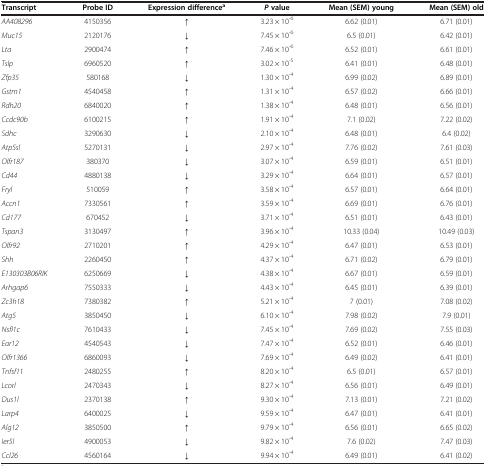
<table><thead><tr><td><b>Transcript</b></td><td><b>Probe ID</b></td><td><b>Expression difference<sup>a</sup></b></td><td><b><i>P </i>value</b></td><td><b>Mean (SEM) young</b></td><td><b>Mean (SEM) old</b></td></tr></thead><tbody><tr><td><i>AA408296</i></td><td>4150356</td><td><b>↑</b></td><td>3.23 × 10<sup>-6</sup></td><td>6.62 (0.01)</td><td>6.71 (0.01)</td></tr><tr><td><i>Muc15</i></td><td>2120176</td><td><b>↓</b></td><td>7.45 × 10<sup>-6</sup></td><td>6.5 (0.01)</td><td>6.42 (0.01)</td></tr><tr><td><i>Lta</i></td><td>2900474</td><td><b>↑</b></td><td>7.46 × 10<sup>-6</sup></td><td>6.52 (0.01)</td><td>6.61 (0.01)</td></tr><tr><td><i>Tslp</i></td><td>6960520</td><td><b>↑</b></td><td>3.02 × 10<sup>-5</sup></td><td>6.41 (0.01)</td><td>6.48 (0.01)</td></tr><tr><td><i>Zfp35</i></td><td>580168</td><td><b>↓</b></td><td>1.30 × 10<sup>-4</sup></td><td>6.99 (0.02)</td><td>6.89 (0.01)</td></tr><tr><td><i>Gstm1</i></td><td>4540458</td><td><b>↑</b></td><td>1.31 × 10<sup>-4</sup></td><td>6.57 (0.02)</td><td>6.66 (0.01)</td></tr><tr><td><i>Rdh20</i></td><td>6840020</td><td><b>↑</b></td><td>1.38 × 10<sup>-4</sup></td><td>6.48 (0.01)</td><td>6.56 (0.01)</td></tr><tr><td><i>Ccdc90b</i></td><td>6100215</td><td><b>↑</b></td><td>1.91 × 10<sup>-4</sup></td><td>7.1 (0.02)</td><td>7.22 (0.02)</td></tr><tr><td><i>Sdhc</i></td><td>3290630</td><td><b>↓</b></td><td>2.10 × 10<sup>-4</sup></td><td>6.48 (0.01)</td><td>6.4 (0.02)</td></tr><tr><td><i>Atp5sl</i></td><td>5270131</td><td><b>↓</b></td><td>2.97 × 10<sup>-4</sup></td><td>7.76 (0.02)</td><td>7.61 (0.03)</td></tr><tr><td><i>Olfr187</i></td><td>380370</td><td><b>↓</b></td><td>3.07 × 10<sup>-4</sup></td><td>6.59 (0.01)</td><td>6.51 (0.01)</td></tr><tr><td><i>Cd44</i></td><td>4880138</td><td><b>↓</b></td><td>3.29 × 10<sup>-4</sup></td><td>6.64 (0.01)</td><td>6.57 (0.01)</td></tr><tr><td><i>Fryl</i></td><td>510059</td><td><b>↑</b></td><td>3.58 × 10<sup>-4</sup></td><td>6.57 (0.01)</td><td>6.64 (0.01)</td></tr><tr><td><i>Accn1</i></td><td>7330561</td><td><b>↑</b></td><td>3.59 × 10<sup>-4</sup></td><td>6.69 (0.01)</td><td>6.76 (0.01)</td></tr><tr><td><i>Cd177</i></td><td>670452</td><td><b>↓</b></td><td>3.71 × 10<sup>-4</sup></td><td>6.51 (0.01)</td><td>6.43 (0.01)</td></tr><tr><td><i>Tspan3</i></td><td>3130497</td><td><b>↑</b></td><td>3.96 × 10<sup>-4</sup></td><td>10.33 (0.04)</td><td>10.49 (0.03)</td></tr><tr><td><i>Olfr92</i></td><td>2710201</td><td><b>↑</b></td><td>4.29 × 10<sup>-4</sup></td><td>6.47 (0.01)</td><td>6.53 (0.01)</td></tr><tr><td><i>Shh</i></td><td>2260450</td><td><b>↑</b></td><td>4.37 × 10<sup>-4</sup></td><td>6.71 (0.02)</td><td>6.79 (0.01)</td></tr><tr><td><i>E130303B06RIK</i></td><td>6250669</td><td><b>↓</b></td><td>4.38 × 10<sup>-4</sup></td><td>6.67 (0.01)</td><td>6.59 (0.01)</td></tr><tr><td><i>Arhgap6</i></td><td>7550333</td><td><b>↓</b></td><td>4.43 × 10<sup>-4</sup></td><td>6.45 (0.01)</td><td>6.39 (0.01)</td></tr><tr><td><i>Zc3h18</i></td><td>7380382</td><td><b>↑</b></td><td>5.21 × 10<sup>-4</sup></td><td>7 (0.01)</td><td>7.08 (0.02)</td></tr><tr><td><i>Atg5</i></td><td>3850450</td><td><b>↓</b></td><td>6.10 × 10<sup>-4</sup></td><td>7.98 (0.02)</td><td>7.9 (0.01)</td></tr><tr><td><i>Nsfl1c</i></td><td>7610433</td><td><b>↓</b></td><td>7.45 × 10<sup>-4</sup></td><td>7.69 (0.02)</td><td>7.55 (0.03)</td></tr><tr><td><i>Ear12</i></td><td>4540543</td><td><b>↓</b></td><td>7.47 × 10<sup>-4</sup></td><td>6.52 (0.01)</td><td>6.46 (0.01)</td></tr><tr><td><i>Olfr1366</i></td><td>6860093</td><td><b>↓</b></td><td>7.69 × 10<sup>-4</sup></td><td>6.49 (0.02)</td><td>6.41 (0.01)</td></tr><tr><td><i>Tnfsf11</i></td><td>2480255</td><td><b>↑</b></td><td>8.20 × 10<sup>-4</sup></td><td>6.5 (0.01)</td><td>6.57 (0.01)</td></tr><tr><td><i>Lcorl</i></td><td>2470343</td><td><b>↓</b></td><td>8.27 × 10<sup>-4</sup></td><td>6.56 (0.01)</td><td>6.49 (0.01)</td></tr><tr><td><i>Dus1l</i></td><td>2370138</td><td><b>↑</b></td><td>9.30 × 10<sup>-4</sup></td><td>7.13 (0.01)</td><td>7.21 (0.02)</td></tr><tr><td><i>Larp4</i></td><td>6400025</td><td><b>↓</b></td><td>9.59 × 10<sup>-4</sup></td><td>6.47 (0.01)</td><td>6.41 (0.01)</td></tr><tr><td><i>Alg12</i></td><td>3850500</td><td><b>↑</b></td><td>9.79 × 10<sup>-4</sup></td><td>6.56 (0.01)</td><td>6.65 (0.02)</td></tr><tr><td><i>Ier5l</i></td><td>4900053</td><td><b>↓</b></td><td>9.82 × 10<sup>-4</sup></td><td>7.6 (0.02)</td><td>7.47 (0.03)</td></tr><tr><td><i>Ccl26</i></td><td>4560164</td><td><b>↓</b></td><td>9.94 × 10<sup>-4</sup></td><td>6.49 (0.01)</td><td>6.41 (0.02)</td></tr></tbody></table>